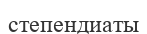
степендиаты